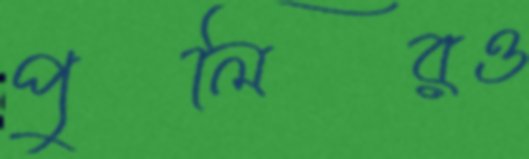
পুলিরও